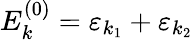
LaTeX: E_{k}^{(0)}=\varepsilon_{k_{1}}+\varepsilon_{k_{2}}